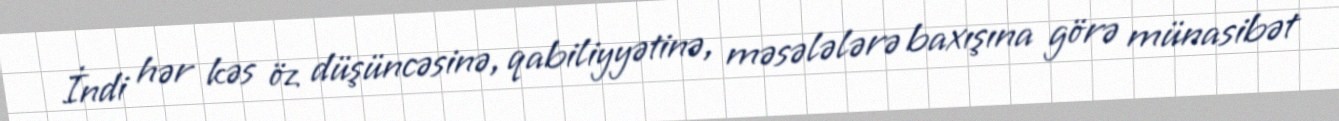
İndi hər kəs öz düşüncəsinə, qabiliyyətinə, məsələlərə baxışına görə münasibət